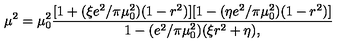
\mu ^ { 2 } = \mu _ { 0 } ^ { 2 } { \frac { [ 1 + ( \xi e ^ { 2 } / \pi \mu _ { 0 } ^ { 2 } ) ( 1 - r ^ { 2 } ) ] [ 1 - ( \eta e ^ { 2 } / \pi \mu _ { 0 } ^ { 2 } ) ( 1 - r ^ { 2 } ) ] } { 1 - ( e ^ { 2 } / \pi \mu _ { 0 } ^ { 2 } ) ( \xi r ^ { 2 } + \eta ) , } }